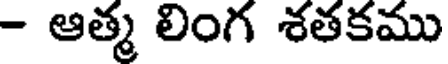
- ఆత్మ లింగ శతకము